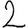
Digit: 2